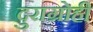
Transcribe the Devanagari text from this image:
दुराग्रोही